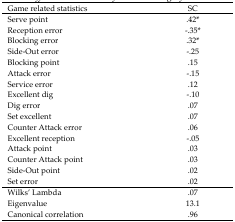
| Game related statistics | SC |
 | --- | --- |
 | Serve point | .42* |
 | Reception error | −.35* |
 | Blocking error | .32* |
 | Side-Out error | −.25 |
 | Blocking point | .15 |
 | Attack error | −.15 |
 | Service error | .12 |
 | Excellent dig | −.10 |
 | Dig error | .07 |
 | Set excellent | .07 |
 | Counter Attack error | .06 |
 | Excellent reception | −.05 |
 | Attack point | .03 |
 | Counter Attack point | .03 |
 | Side-Out point | .02 |
 | Set error | .02 |
 | Wilks’ Lambda | .07 |
 | Eigenvalue | 13.1 |
 | Canonical correlation | .96 |